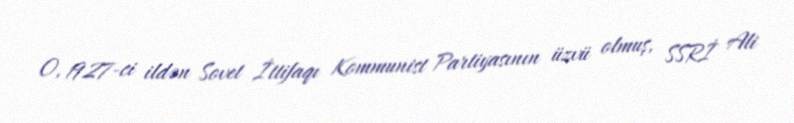
O, 1927-ci ildən Sovet İttifaqı Kommunist Partiyasının üzvü olmuş, SSRİ Ali